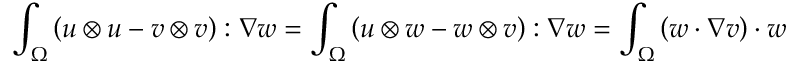
\int _ { \Omega } \left( \boldsymbol { u } \otimes \boldsymbol { u } - \boldsymbol { v } \otimes \boldsymbol { v } \right) : \nabla \boldsymbol { w } = \int _ { \Omega } \left( \boldsymbol { u } \otimes \boldsymbol { w } - \boldsymbol { w } \otimes \boldsymbol { v } \right) : \nabla \boldsymbol { w } = \int _ { \Omega } \left( \boldsymbol { w } \cdot \nabla \boldsymbol { v } \right) \cdot \boldsymbol { w }